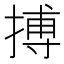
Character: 搏